Annual administration report of the Civil Veterinary Department of India - 1897-1898
Year: 1897
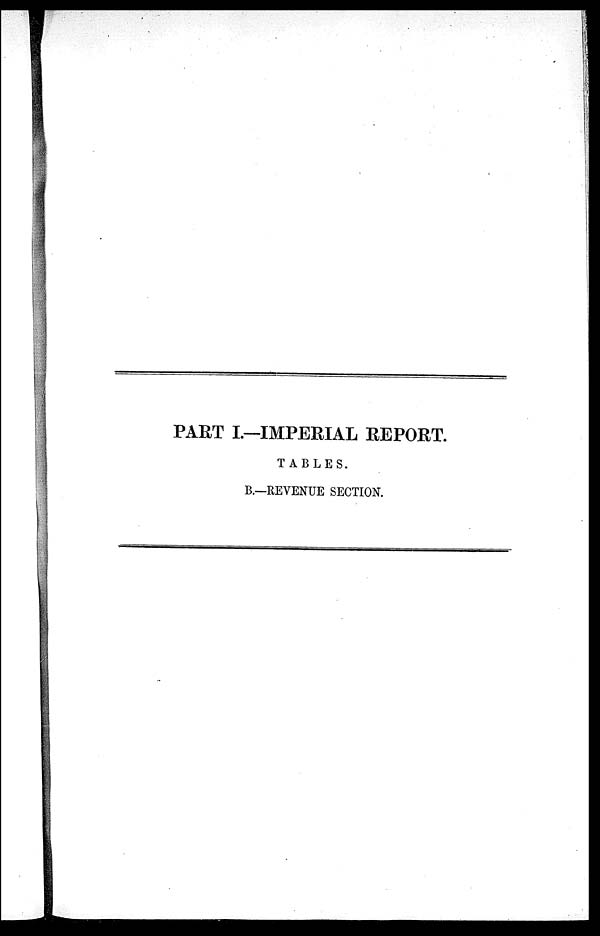
PART I.—IMPERIAL REPORT.
TABLES.
B.—REVENUE SECTION.